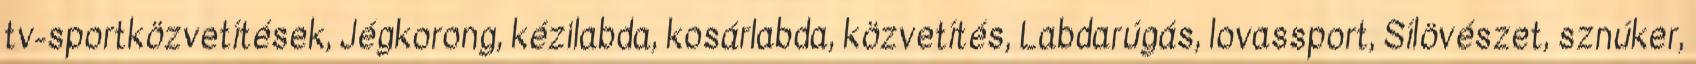
tv-sportközvetítések, Jégkorong, kézilabda, kosárlabda, közvetítés, Labdarúgás, lovassport, Sílövészet, sznúker,